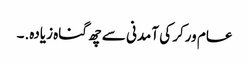
عام ورکر کی آمدنی سے چھ گناہ زیادہ.۔